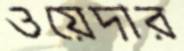
ওয়েদার